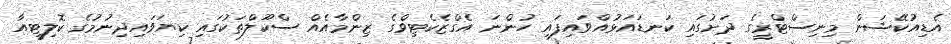
އެޑިއުކޭޝަން މިނިސްޓްރީގެ ދަށުގައި ކަނޑައަޅުއްވައިފައި ހުންނަ އެގްޒެކެޓިވްގެ ޒިންމާއެއް ސްކޫލްތަކުގައި ކިޔަވައިދިނުމުގެ ކޮލިޓީއާ